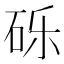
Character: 砾